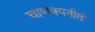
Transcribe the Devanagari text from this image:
चाणक्यनीती